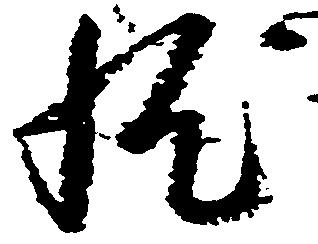
然